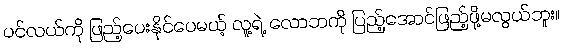
ပင်လယ်ကို ဖြည့်ပေးနိုင်ပေမယ့် လူ့ရဲ့ လောဘကို ပြည့်အောင်ဖြည့်ဖို့မလွယ်ဘူး။